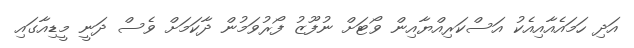
އަދި ހަމައެއާއިއެކު އަސްކަރިއްޔާއިން ވޯޓަށް ނުފޫޒު ފޯރުވަމުން ދާކަމަށް ވެސް ދަނީ މީޑިއާގައި